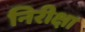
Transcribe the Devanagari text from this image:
निरीक्षा